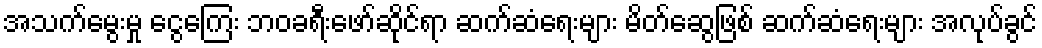
အသက်မွေးမှု ငွေကြေး ဘဝခရီးဖော်ဆိုင်ရာ ဆက်ဆံရေးများ မိတ်ဆွေဖြစ် ဆက်ဆံရေးများ အလုပ်ခွင်